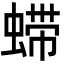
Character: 䗖